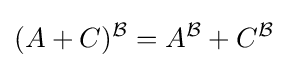
(A+C)^{\mathcal {B}}=A^{\mathcal {B}}+C^{\mathcal {B}}